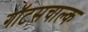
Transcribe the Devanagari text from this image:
गॉटसचाल्क